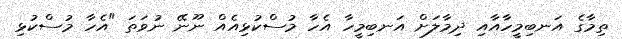
ތިމާގެ އަނބިމީހާއާއި ދިމާލަށް އަނބިމީހާ އެހާ މުސްކުޅިއެއް ނޫނޭ ނުވަތަ "އެހާ މުސްކުޅި